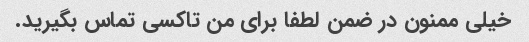
خیلی ممنون در ضمن لطفا برای من تاکسی تماس بگیرید.